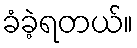
ခံခဲ့ရတယ်။